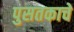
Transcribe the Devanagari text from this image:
पुसतकाचे